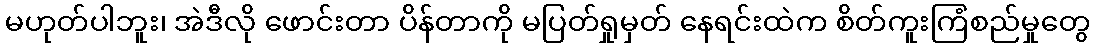
မဟုတ်ပါဘူး၊ အဲဒီလို ဖောင်းတာ ပိန်တာကို မပြတ်ရှုမှတ် နေရင်းထဲက စိတ်ကူးကြံစည်မှုတွေ